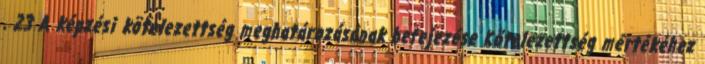
. 23 A képzési kötelezettség meghatározásának befejezése Kötelezettség mértékéhez